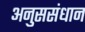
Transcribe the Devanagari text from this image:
अनुससंधान